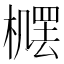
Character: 𪳴